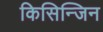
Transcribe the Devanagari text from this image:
किसिन्जिन